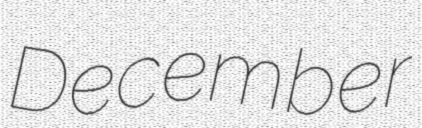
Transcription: December